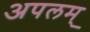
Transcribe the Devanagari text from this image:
अपलम्